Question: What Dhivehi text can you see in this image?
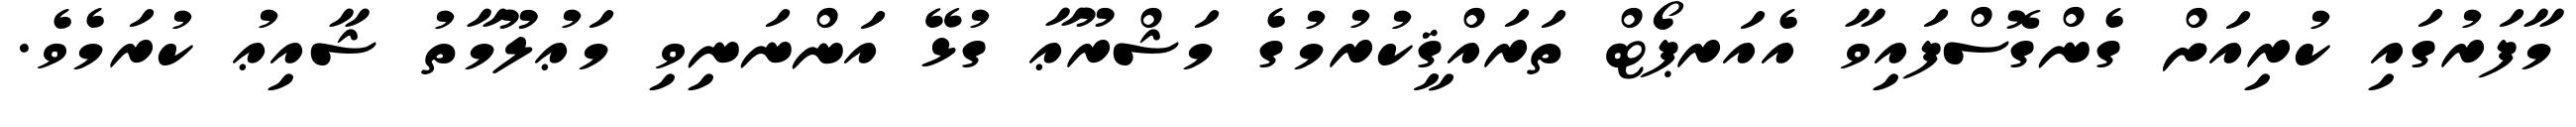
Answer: މާފަރުގައި ކުރިއަށް ގެންގޮސްފައިވާ އެއަރޕޯޓް ތަރައްޤީކުރުމުގެ މަޝްރޫޢާ ގުޅޭ އަންނަނިވި މަޢުލޫމާތު ޝާއިޢު ކުރަމެވެ.